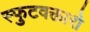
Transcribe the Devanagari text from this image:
स्फुटवक्तारो